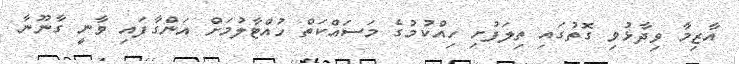
އާޒިމާ ވިދާޅުވި ގޮތުގައި ތިލަފުށި ހިއްކުމުގެ މަސައްކަތް ހުއްޓާލުމަށް އަންގާފައި ވާނީ ގާނޫނާ